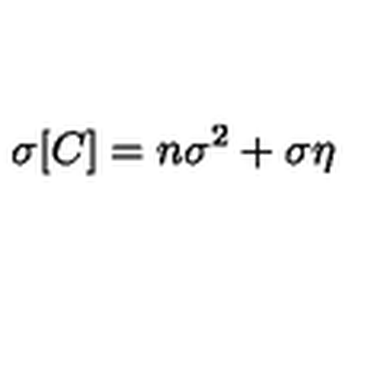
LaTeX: \sigma [ C ] = n \sigma ^ { 2 } + \sigma \eta